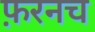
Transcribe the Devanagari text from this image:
फ़रनच